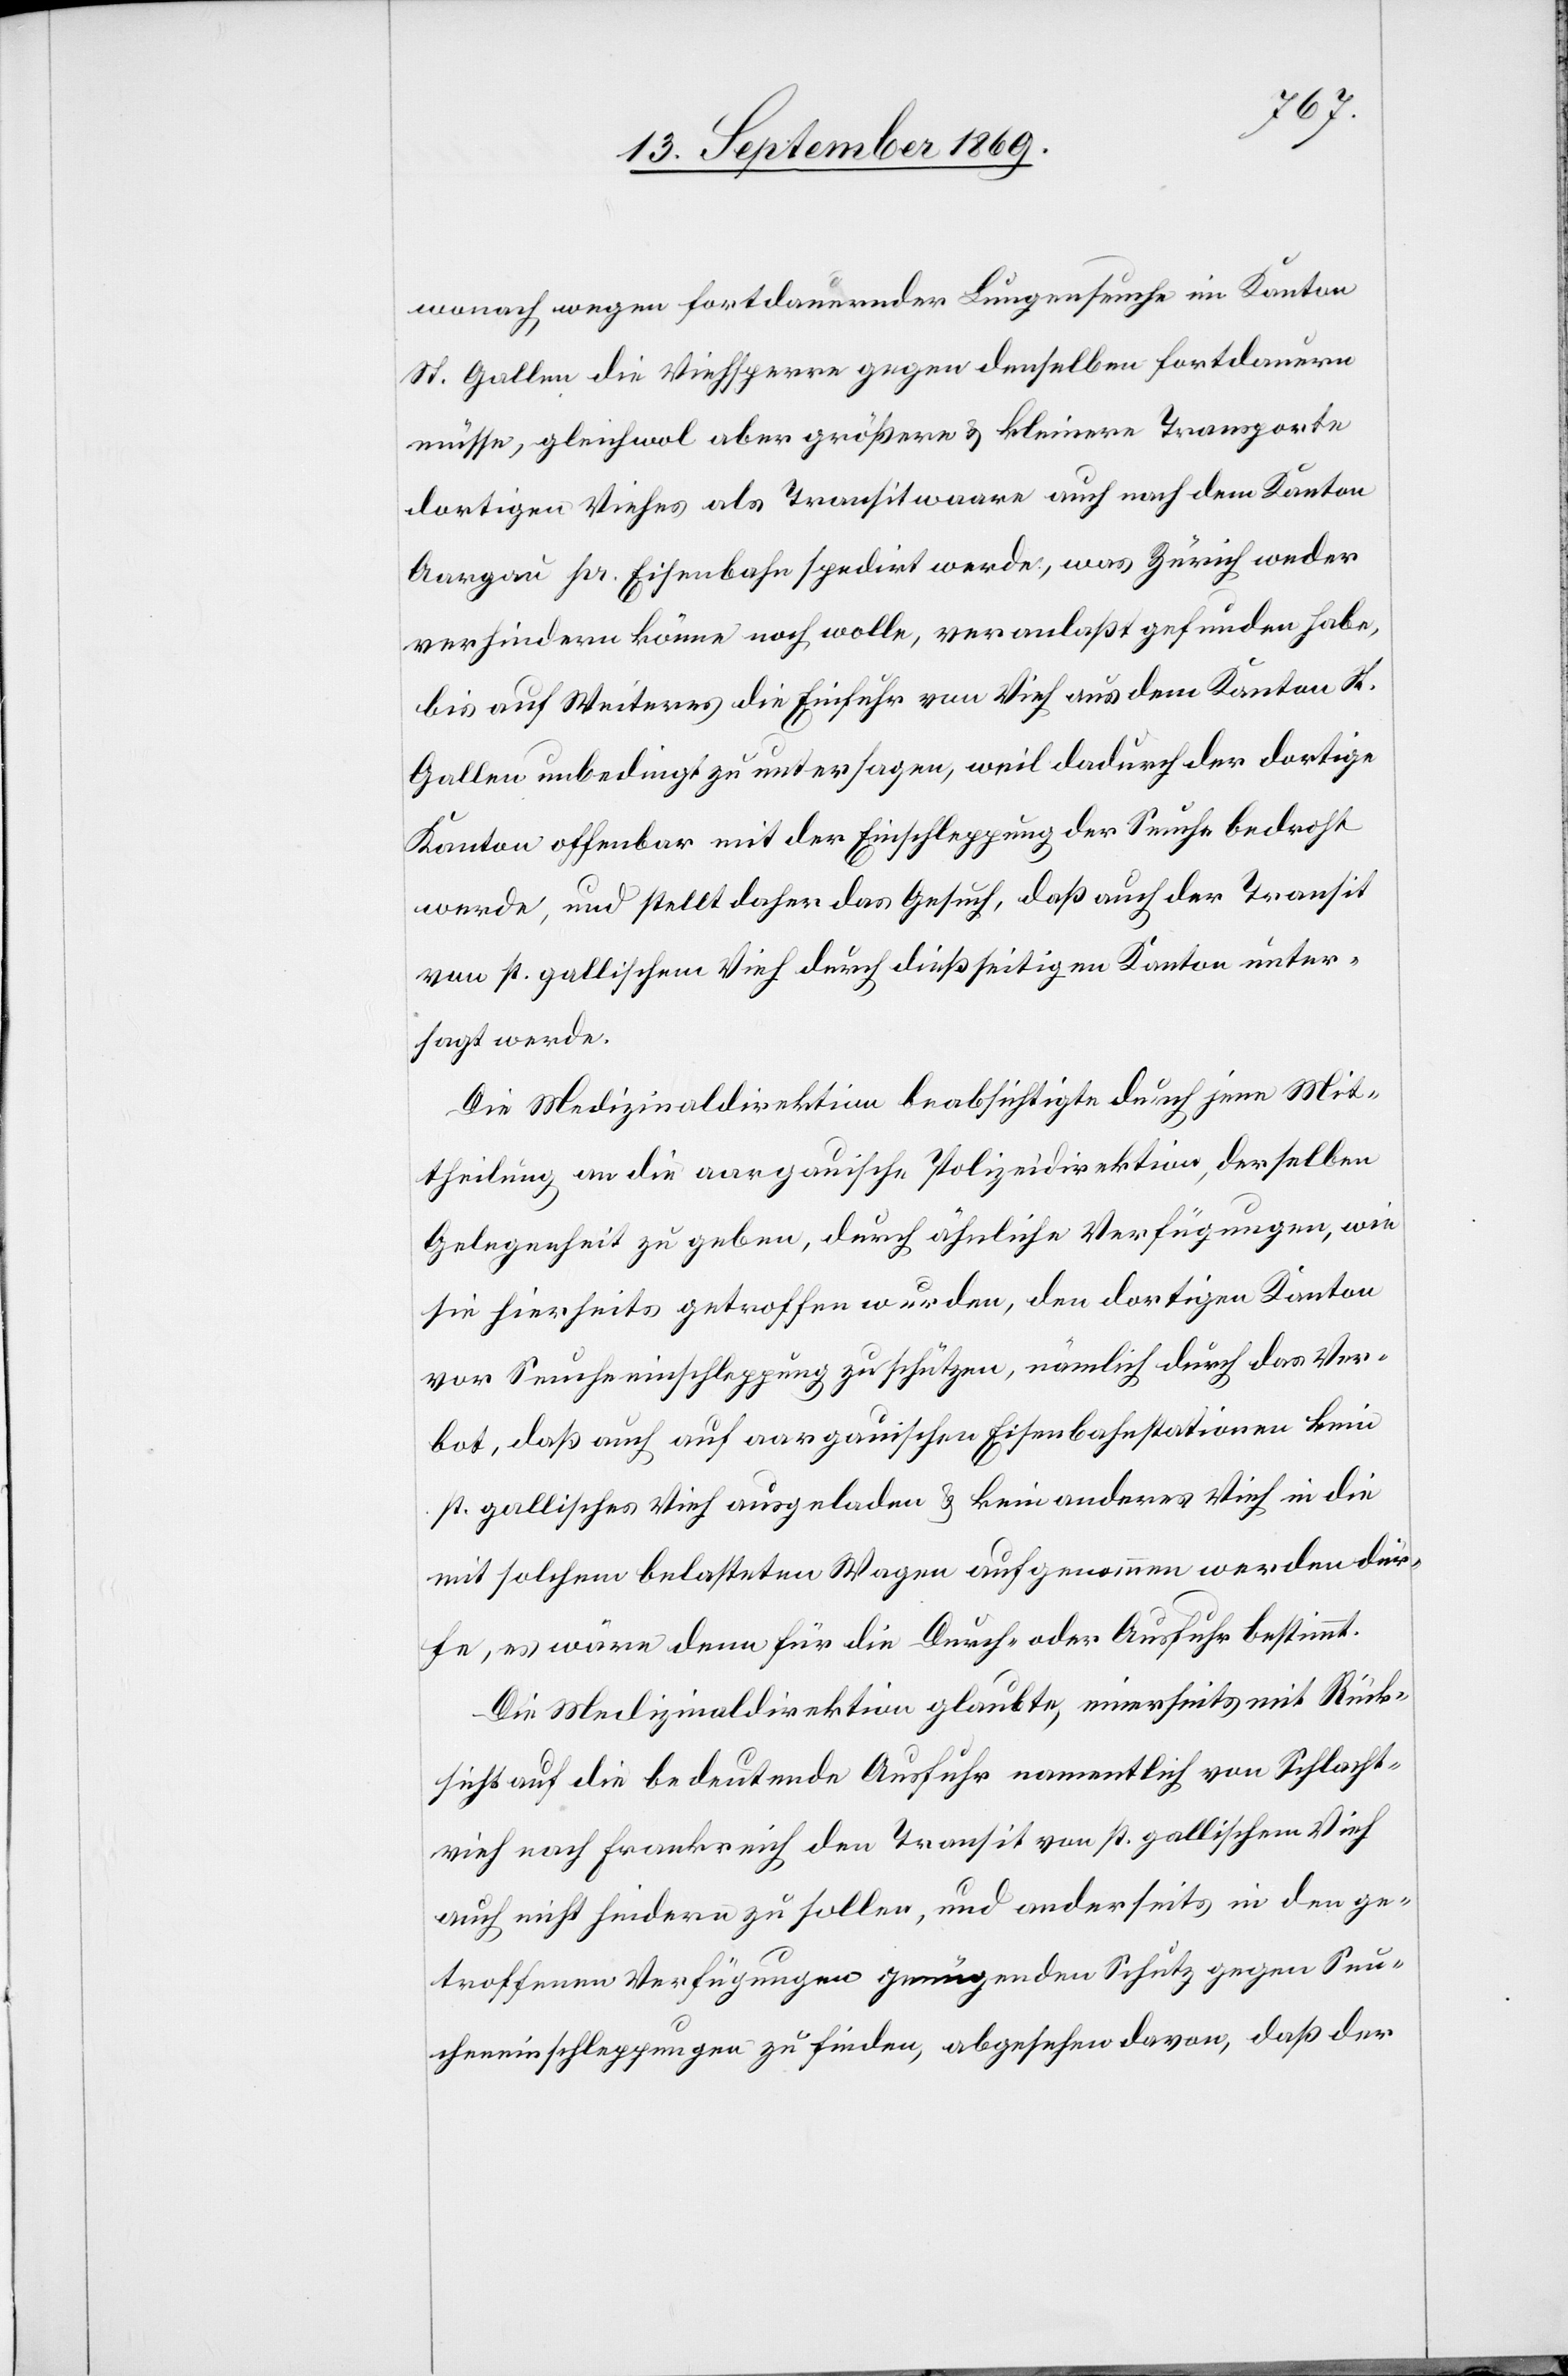
wonach wegen fortdauernder Lungenseuche im Kanton
St. Gallen die Viehsperre gegen denselben fortdauern
müsse, gleichwol aber größere & kleinere Transporte
dortigen Viehes als Transitwaare auch nach dem Kanton
Aargau pr. Eisenbahn spedirt werde[n], was Zürich weder
verhindern könne noch wolle, veranlaßt gefunden habe,
bis auf Weiteres die Einfuhr von Vieh aus dem Kanton St.
Gallen unbedingt zu untersagen, weil dadurch der dortige
Kanton offenbar mit der Einschleppung der Seuche bedroht
werde, und stellt daher das Gesuch, daß auch der Transit
von st. gallischem Vieh durch dießseitigen Kanton unter¬
sagt werde.
Die Medizinaldirektion beabsichtigte durch jene Mit¬
theilung an die aargauische Polizeidirektion, derselben
Gelegenheit zu geben, durch ähnliche Verfügungen, wie
sie hierseits getroffen wurden, den dortigen Kanton
vor Seucheeinschleppung zu schützen, nämlich durch das Ver¬
bot, daß auch auf aargauischen Eisenbahnstationen kein
st. gallisches Vieh ausgeladen & kein anderes Vieh in die
mit solchem belasteten Wagen aufgenommen werden dür¬
fe, es wäre denn für die Durch- oder Ausfuhr bestimmt.
Die Medizinaldirektion glaubte, einerseits mit Rück¬
sicht auf die bedeutende Ausfuhr namentlich von Schlacht¬
vieh nach Frankreich den Transit von st. gallischem Vieh
auch nicht hindern zu sollen, und anderseits in den ge¬
troffenen Verfügungen genügenden Schutz gegen Seu¬
cheneinschleppungen zu finden, abgesehen davon, daß der